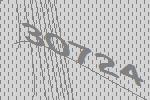
30724